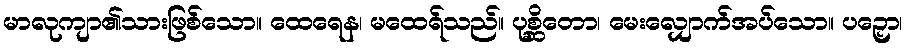
မာလုကျာ၏သားဖြစ်သော။ ထေရေန၊ မထေရ်သည်။ ပုစ္ဆိတော၊ မေးလျှောက်အပ်သော။ ပဉှော၊